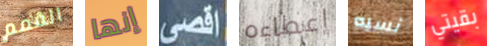
القمم إنها اقصى إعطاءه نسبه بقيتي